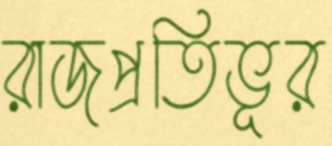
রাজপ্রতিভূর